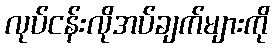
လုပ်ငန်းလိုအပ်ချက်များကို